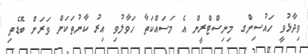
ވިދާޅުވީ ހައުސިންގ މިނިސްޓްރީން އެ މަސައްކަތާ ހަވާލުވި އިރު ކާނުތަކަށް ވަރަށް ބޮޑެތި